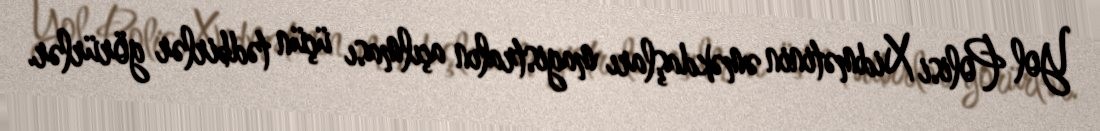
Yol Polisi Xidmətinin əməkdaşları magistralın açılması üçün tədbirlər görürlər.